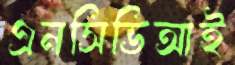
এনসিভিআই